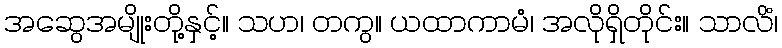
အဆွေအမျိုးတို့နှင့်။ သဟ၊ တကွ။ ယထာကာမံ၊ အလိုရှိတိုင်း။ သာလိံ၊